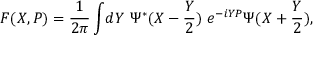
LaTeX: { \cal F } ( X , P ) = { \frac { 1 } { 2 \pi } } \int \! d Y ~ \Psi ^ { * } ( X - { \frac { Y } { 2 } } ) ~ e ^ { - i Y P } \Psi ( X + { \frac { Y } { 2 } } ) ,